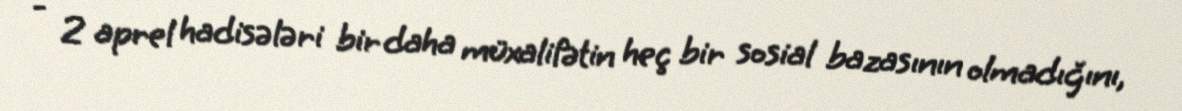
- 2 aprel hadisələri bir daha müxalifətin heç bir sosial bazasının olmadığını,